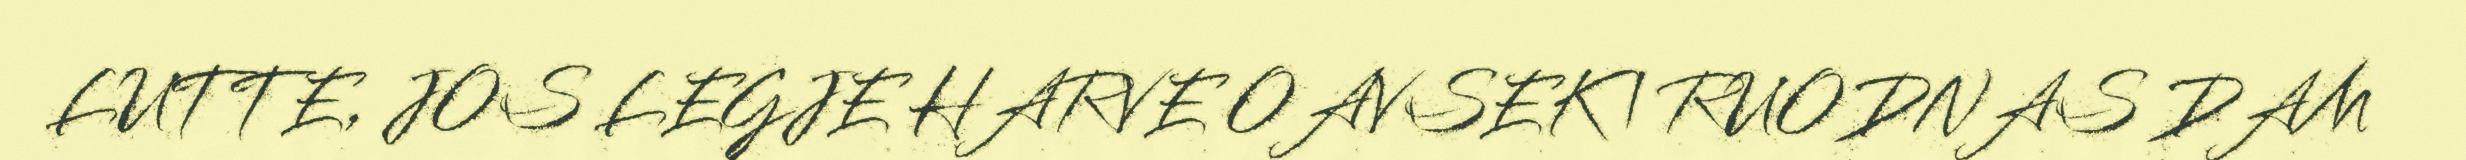
LUTTE, JOS LEGJE HARVE OAVSEK | RUODNAS DAM